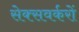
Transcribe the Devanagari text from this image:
सेक्सवर्करों